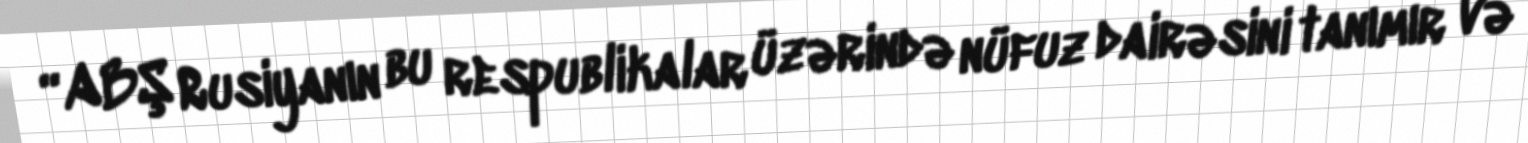
“ABŞ Rusiyanın bu respublikalar üzərində nüfuz dairəsini tanımır və